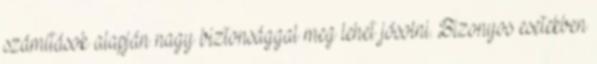
számítások alapján nagy biztonsággal meg lehet jósolni. Bizonyos esetekben